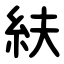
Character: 䊿